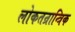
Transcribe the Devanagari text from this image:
लोकतन्रान्त्रिक